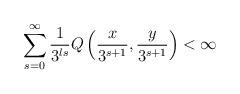
LaTeX: \begin{align*}\sum_{s=0}^{\infty}\frac{1}{3^{ls}}Q\left(\frac{x}{3^{s+1}},\frac{y}{3^{s+1}}\right)<\infty\end{align*}